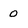
Character: 0